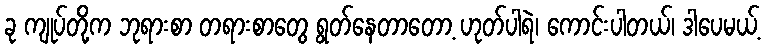
ခု ကျုပ်တို့က ဘုရားစာ တရားစာတွေ ရွတ်နေတာတော့ ဟုတ်ပါရဲ၊ ကောင်းပါတယ်၊ ဒါပေမယ့်